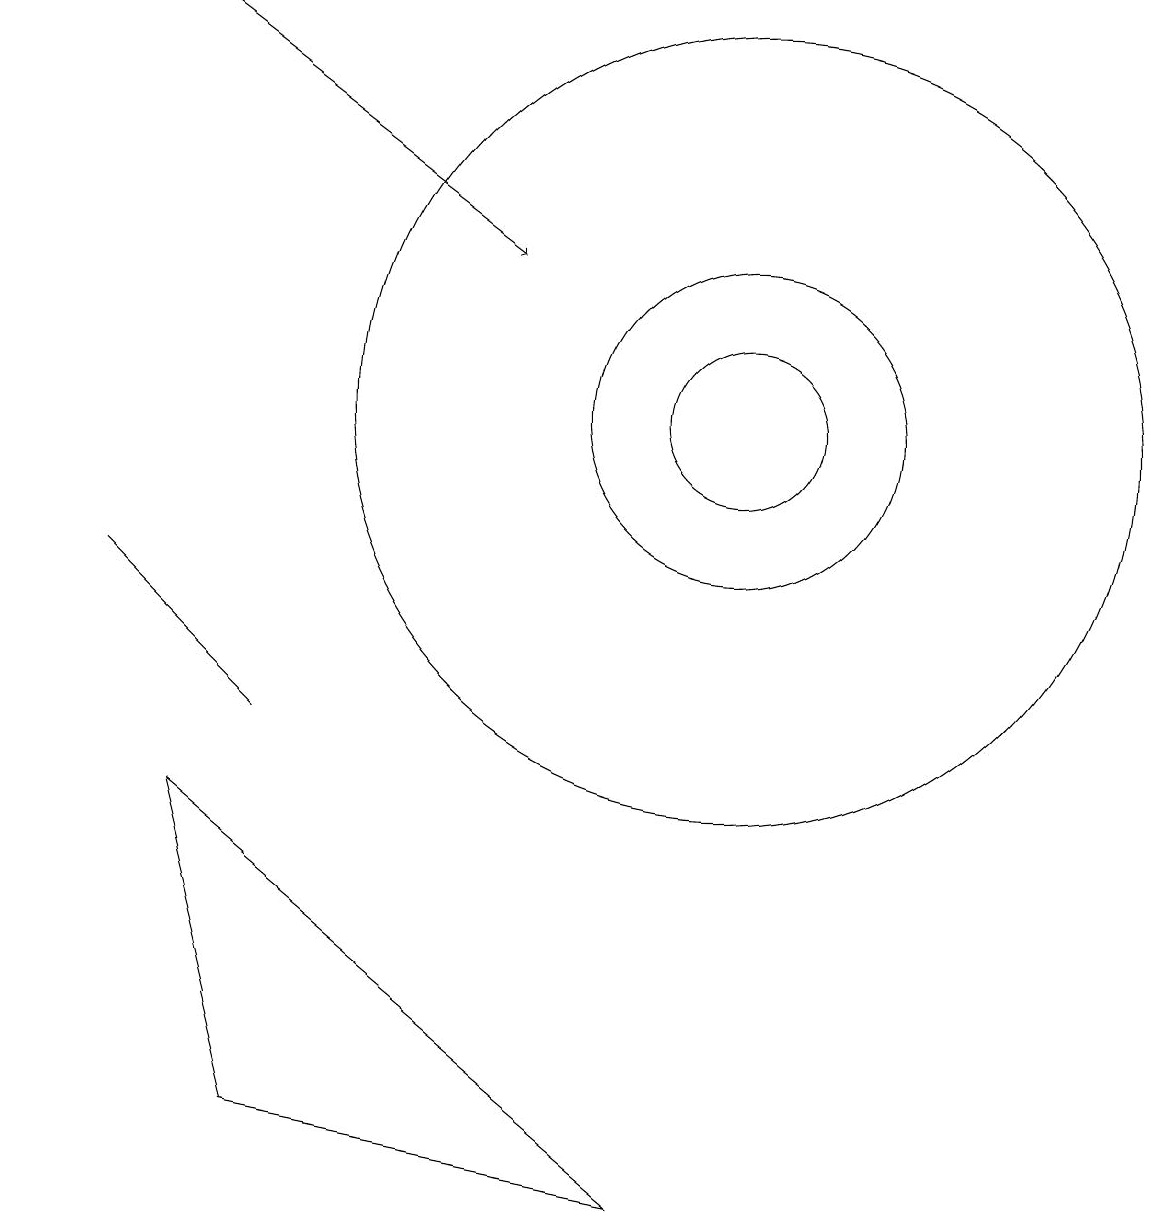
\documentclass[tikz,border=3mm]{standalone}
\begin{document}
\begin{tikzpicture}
\draw (11,11) circle (0);
\draw (10,11) circle (1);
\draw[->] (3,16) -- (7,13);
\draw (10,11) circle (5);
\draw (4,7) -- (2,9) -- (3,8) -- cycle;
\draw (1,11) rectangle (1,11);
\draw (10,11) circle (2);
\draw (3,6) -- (9,1) -- (4,2) -- cycle;
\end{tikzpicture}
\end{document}